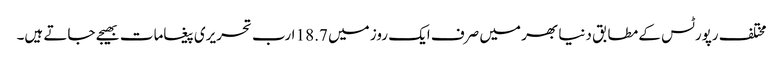
مختلف رپورٹس کے مطابق دنیا بھر میں صرف ایک روز میں 18.7 ارب تحریری پیغامات بھیجے جاتے ہیں۔